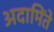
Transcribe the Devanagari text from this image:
अदामिंते